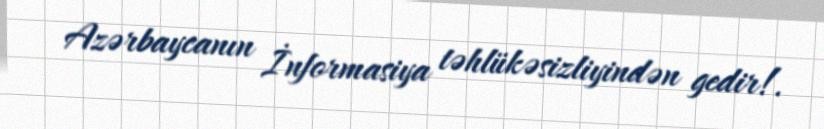
Azərbaycanın İnformasiya təhlükəsizliyindən gedir!.